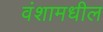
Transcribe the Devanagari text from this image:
वंशामधील